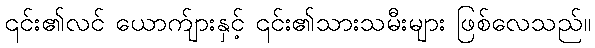
၎င်း၏လင် ယောက်ျားနှင့် ၎င်း၏သားသမီးများ ဖြစ်လေသည်။